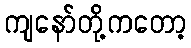
ကျနော်တို့ကတော့